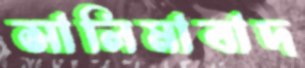
সালিমাবাদ